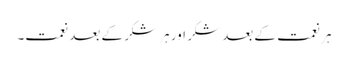
ہر نعمت کے بعد شکر اور ہر شکر کے بعد نعمت۔